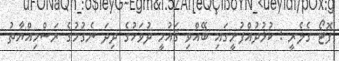
ފޮޓޯ ގެލެރީ : ކުޅުދުއްފުށީގައި ބޭއްވި ޤައުމީ ދުވަހުގެ ދިދަ ނެގުމުގެ ރަސްމިއްޔާތު